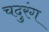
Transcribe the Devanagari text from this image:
चदुरंग